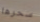
سحرها